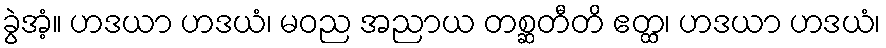
ခွဲအံ့။ ဟဒယာ ဟဒယံ၊ မဝည အညာယ တစ္ဆတီတိ ဧတ္ထ၊ ဟဒယာ ဟဒယံ၊